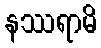
နဿရာမိ